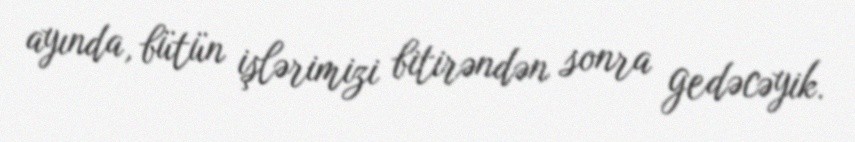
ayında, bütün işlərimizi bitirəndən sonra gedəcəyik.